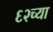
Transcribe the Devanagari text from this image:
६२च्या